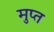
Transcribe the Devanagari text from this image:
मुप्त